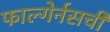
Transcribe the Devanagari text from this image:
फाल्गेर्नसची